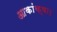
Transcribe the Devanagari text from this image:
आकांक्षा।